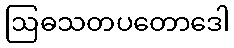
ဩဓသတပတောဒေါ